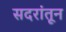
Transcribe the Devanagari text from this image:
सदरांतून